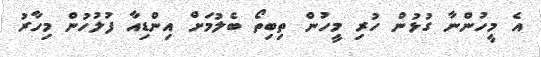
އެ މީހުންނާ ގުޅުން ހުރި މީހުން ތިބިތޯ ބެލުމަށް އިންޑިއާ ފުލުހުން މިހާރު